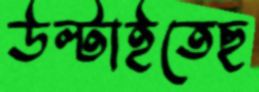
উল্‌টাইতেছ